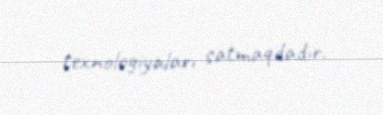
texnologiyaları satmaqdadır.